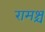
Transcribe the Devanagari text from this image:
रामश्च